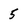
Character: 5